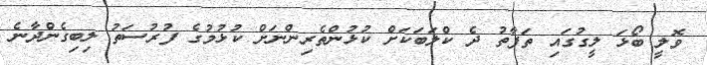
ވޮލީ ބޯޅަ ލީގުގައި ތަފާތު ދެ ކްލަބަކަށް ކުޅުންތެރިންނަށް ކުޅުމުގެ ފުރުސަތު ލިބިގެންދާނެ